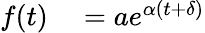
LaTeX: \begin{array}{rl}{f(t)}&{{}=ae^{\alpha(t+\delta)}}\end{array}